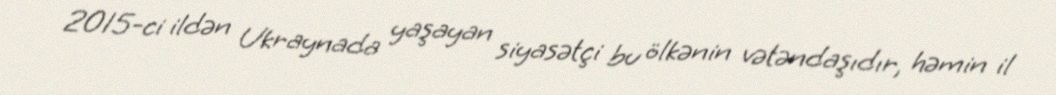
2015-ci ildən Ukraynada yaşayan siyasətçi bu ölkənin vətəndaşıdır, həmin il